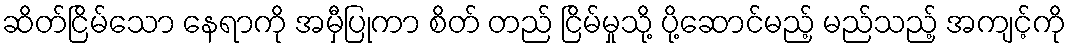
ဆိတ်ငြိမ်သော နေရာကို အမှီပြုကာ စိတ် တည် ငြိမ်မှုသို့ ပို့ဆောင်မည့် မည်သည့် အကျင့်ကို